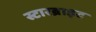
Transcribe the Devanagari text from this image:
स्टारब्राइट